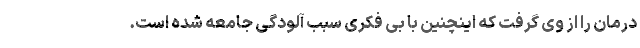
درمان را از وی گرفت که اینچنین با بی فکری سبب آلودگی جامعه شده است.